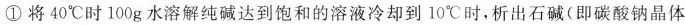
①将40℃时100g水溶解纯碱达到饱和的溶液冷却到10℃时，析出石碱(即碳酸钠晶体